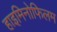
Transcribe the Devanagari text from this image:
हाइमिनोफिलम